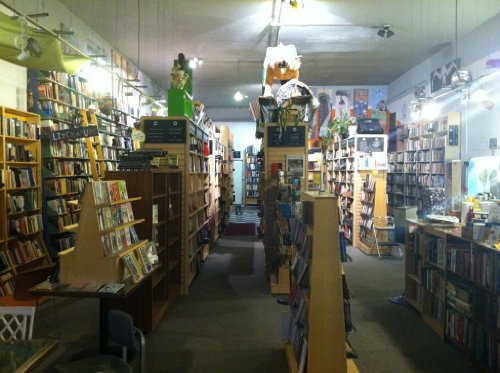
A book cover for Food Adulteration: How to Beat it; London Food Commission; Health, Fitness & Dieting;